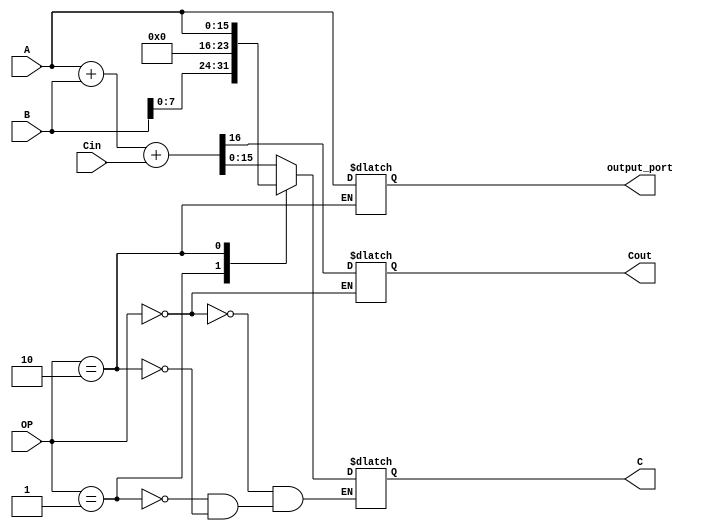
`timescale 1ns / 1ps
`define WORD_SIZE 16
module ALU(
    input [15:0] A,
    input [15:0] B,
    input Cin,
    input [3:0] OP,
    output reg [15:0] C,
    output reg Cout,
    output reg [`WORD_SIZE-1:0] output_port
    );
    initial begin Cout = 1'b0; end
    
    always @* begin
      case(OP)
      4'b0000: begin 
        {Cout,C} = A + B + Cin; //add //addi
      end
      4'b0001: C = {B,8'b00000000}; //LHI
      4'b0010: begin C = A; output_port = A; end //WWD
      endcase
    end
    
endmodule